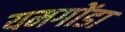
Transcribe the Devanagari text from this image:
यमगोंडा